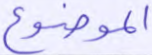
الموضوع